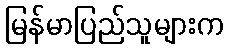
မြန်မာပြည်သူများက